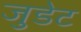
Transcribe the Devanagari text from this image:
जुडेट